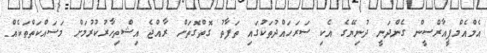
އެމްއެމްޕީއާރްސީން ގެންދަނީ ދުނިޔޭގެ އެކި ސަރަހައްދުތަކުގައި ތަފާތު ގޮތްގޮތަށް ރާއްޖެ އިޝްތިހާރުކުރުމަށް މަސައްކަތްތަކެއް